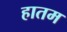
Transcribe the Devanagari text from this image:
हातम